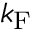
k _ { \mathrm { F } }